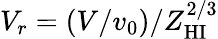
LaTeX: V_{r}=(V/v_{0})/Z_{\mathrm{HI}}^{2/3}